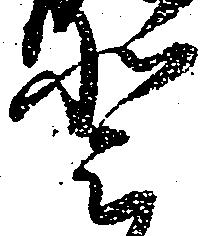
登